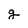
Character: g